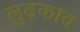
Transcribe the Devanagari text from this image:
लुढ़काव